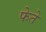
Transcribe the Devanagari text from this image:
फेते